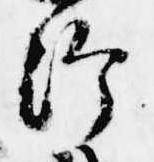
給